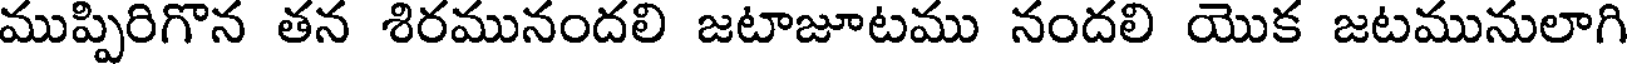
ముప్పిరిగొన తన శిరమునందలి జటాజూటము నందలి యొక జటమునులాగి